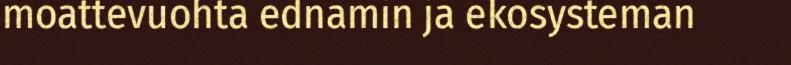
moattevuohta ednamin ja ekosysteman